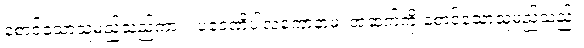
စောင့်သောသူမည်သည်ကား။ ပဝေဏိပါလကောနာမ၊ အဆက်ကို စောင့်သောသူမည်သည်။